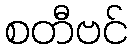
စတီဗင်